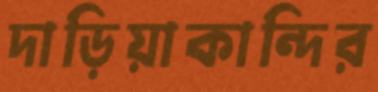
দাড়িয়াকান্দির